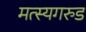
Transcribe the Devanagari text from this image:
मत्स्यगरुड